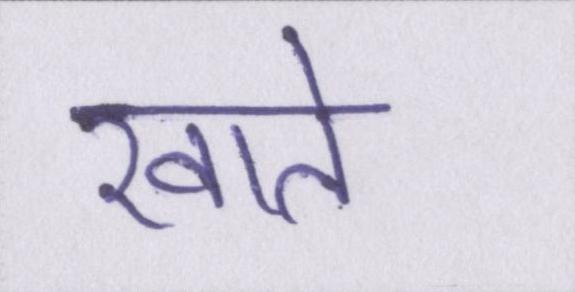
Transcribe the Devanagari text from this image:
खाते